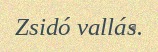
Zsidó vallás.